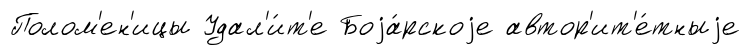
Полом'ен'ицы Удал'и́т'е Боjа́рскоjе автор'ит'е́тныjе